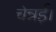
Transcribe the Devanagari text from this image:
चेन्नई।